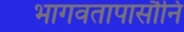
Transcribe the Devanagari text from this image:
भागवतापासौनि